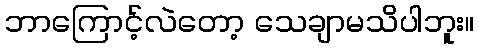
ဘာကြောင့်လဲတော့ သေချာမသိပါဘူး။